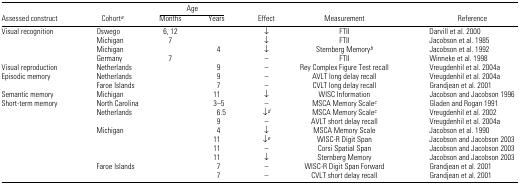
<table><thead><tr><td></td><td></td><td colspan="2"><b>Age</b></td><td></td><td></td><td></td></tr><tr><td><b>Assessed construct</b></td><td><b>Cohorta</b></td><td><b>Months</b></td><td><b>Years</b></td><td><b>Effect</b></td><td><b>Measurement</b></td><td><b>Reference</b></td></tr></thead><tbody><tr><td>Visual recognition</td><td>Oswego</td><td>6, 12</td><td></td><td>↓</td><td>FTII</td><td>Darvill et al. 2000</td></tr><tr><td></td><td>Michigan</td><td>7</td><td></td><td>↓</td><td>FTII</td><td>Jacobson et al. 1985</td></tr><tr><td></td><td>Michigan</td><td></td><td>4</td><td>↓</td><td>Sternberg Memoryb</td><td>Jacobson et al. 1992</td></tr><tr><td></td><td>Germany</td><td>7</td><td></td><td>–</td><td>FTII</td><td>Winneke et al. 1998</td></tr><tr><td>Visual reproduction</td><td>Netherlands</td><td></td><td>9</td><td>–</td><td>Rey Complex Figure Test recall</td><td>Vreugdenhil et al. 2004a</td></tr><tr><td>Episodic memory</td><td>Netherlands</td><td></td><td>9</td><td>–</td><td>AVLT long delay recall</td><td>Vreugdenhil et al. 2004a</td></tr><tr><td></td><td>Faroe Islands</td><td></td><td>7</td><td>–</td><td>CVLT long delay recall</td><td>Grandjean et al. 2001</td></tr><tr><td>Semantic memory</td><td>Michigan</td><td></td><td>11</td><td>↓</td><td>WISC Information</td><td>Jacobson and Jacobson 1996</td></tr><tr><td>Short-term memory</td><td>North Carolina</td><td></td><td>3–5</td><td>–</td><td>MSCA Memory Scalec</td><td>Gladen and Rogan 1991</td></tr><tr><td></td><td>Netherlands</td><td></td><td>6.5</td><td>↓d</td><td>MSCA Memory Scalec</td><td>Vreugdenhil et al. 2002</td></tr><tr><td></td><td></td><td></td><td>9</td><td>–</td><td>AVLT short delay recall</td><td>Vreugdenhil et al. 2004a</td></tr><tr><td></td><td>Michigan</td><td></td><td>4</td><td>↓</td><td>MSCA Memory Scale</td><td>Jacobson et al. 1990</td></tr><tr><td></td><td></td><td></td><td>11</td><td>↓e</td><td>WISC-R Digit Span</td><td>Jacobson and Jacobson 2003</td></tr><tr><td></td><td></td><td></td><td>11</td><td>–</td><td>Corsi Spatial Span</td><td>Jacobson and Jacobson 2003</td></tr><tr><td></td><td></td><td></td><td>11</td><td>↓</td><td>Sternberg Memory</td><td>Jacobson and Jacobson 2003</td></tr><tr><td></td><td>Faroe Islands</td><td></td><td>7</td><td>–</td><td>WISC-R Digit Span Forward</td><td>Grandjean et al. 2001</td></tr><tr><td></td><td></td><td></td><td>7</td><td>–</td><td>CVLT short delay recall</td><td>Grandjean et al. 2001</td></tr></tbody></table>